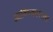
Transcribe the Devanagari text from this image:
आविष्काराला